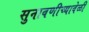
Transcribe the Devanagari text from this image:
सुनावणीच्यावेळी